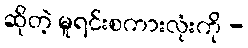
ဆိုတဲ့ မူရင်းစကားလုံးကို -